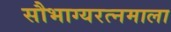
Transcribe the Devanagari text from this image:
सौभाग्यरत्नमाला